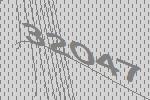
32047